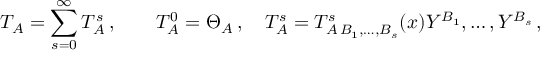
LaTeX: T _ { A } = \sum _ { s = 0 } ^ { \infty } T _ { A } ^ { s } \, , \qquad T _ { A } ^ { 0 } = \Theta _ { A } \, , \quad T _ { A } ^ { s } = T _ { A \, B _ { 1 } , \ldots , B _ { s } } ^ { s } ( x ) Y ^ { B _ { 1 } } , \ldots , Y ^ { B _ { s } } \, ,